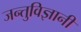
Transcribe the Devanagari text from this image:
जन्तुविज्ञानी